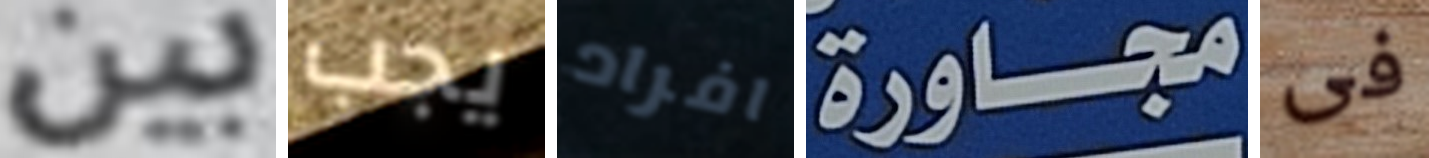
بين يجب افراد مجاورة فى